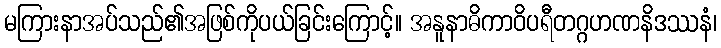
မကြားနာအပ်သည်၏အဖြစ်ကိုပယ်ခြင်းကြောင့်။ အနူနာဓိကာဝိပရီတဂ္ဂဟဏနိဒဿနံ၊